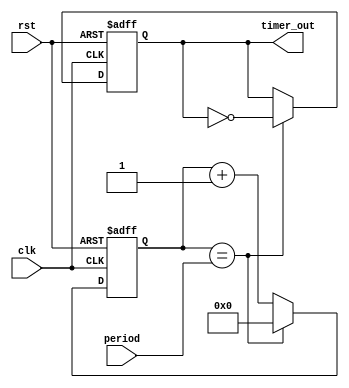
module periodic_timer (
    input wire clk,  // System clock input
    input wire rst,  // Reset signal input
    input wire [31:0] period,  // Desired period input
    output reg timer_out  // Periodic signal output
);

reg [31:0] count;  // Counter for tracking clock cycles

always @(posedge clk or posedge rst) begin
    if (rst) begin
        count <= 0;  // Reset counter on reset signal
        timer_out <= 0;  // Reset output signal on reset
    end else begin
        if (count == period) begin
            count <= 0;  // Reset counter when count reaches period
            timer_out <= ~timer_out;  // Toggle output signal
        end else begin
            count <= count + 1;  // Increment counter
        end
    end
end

endmodule